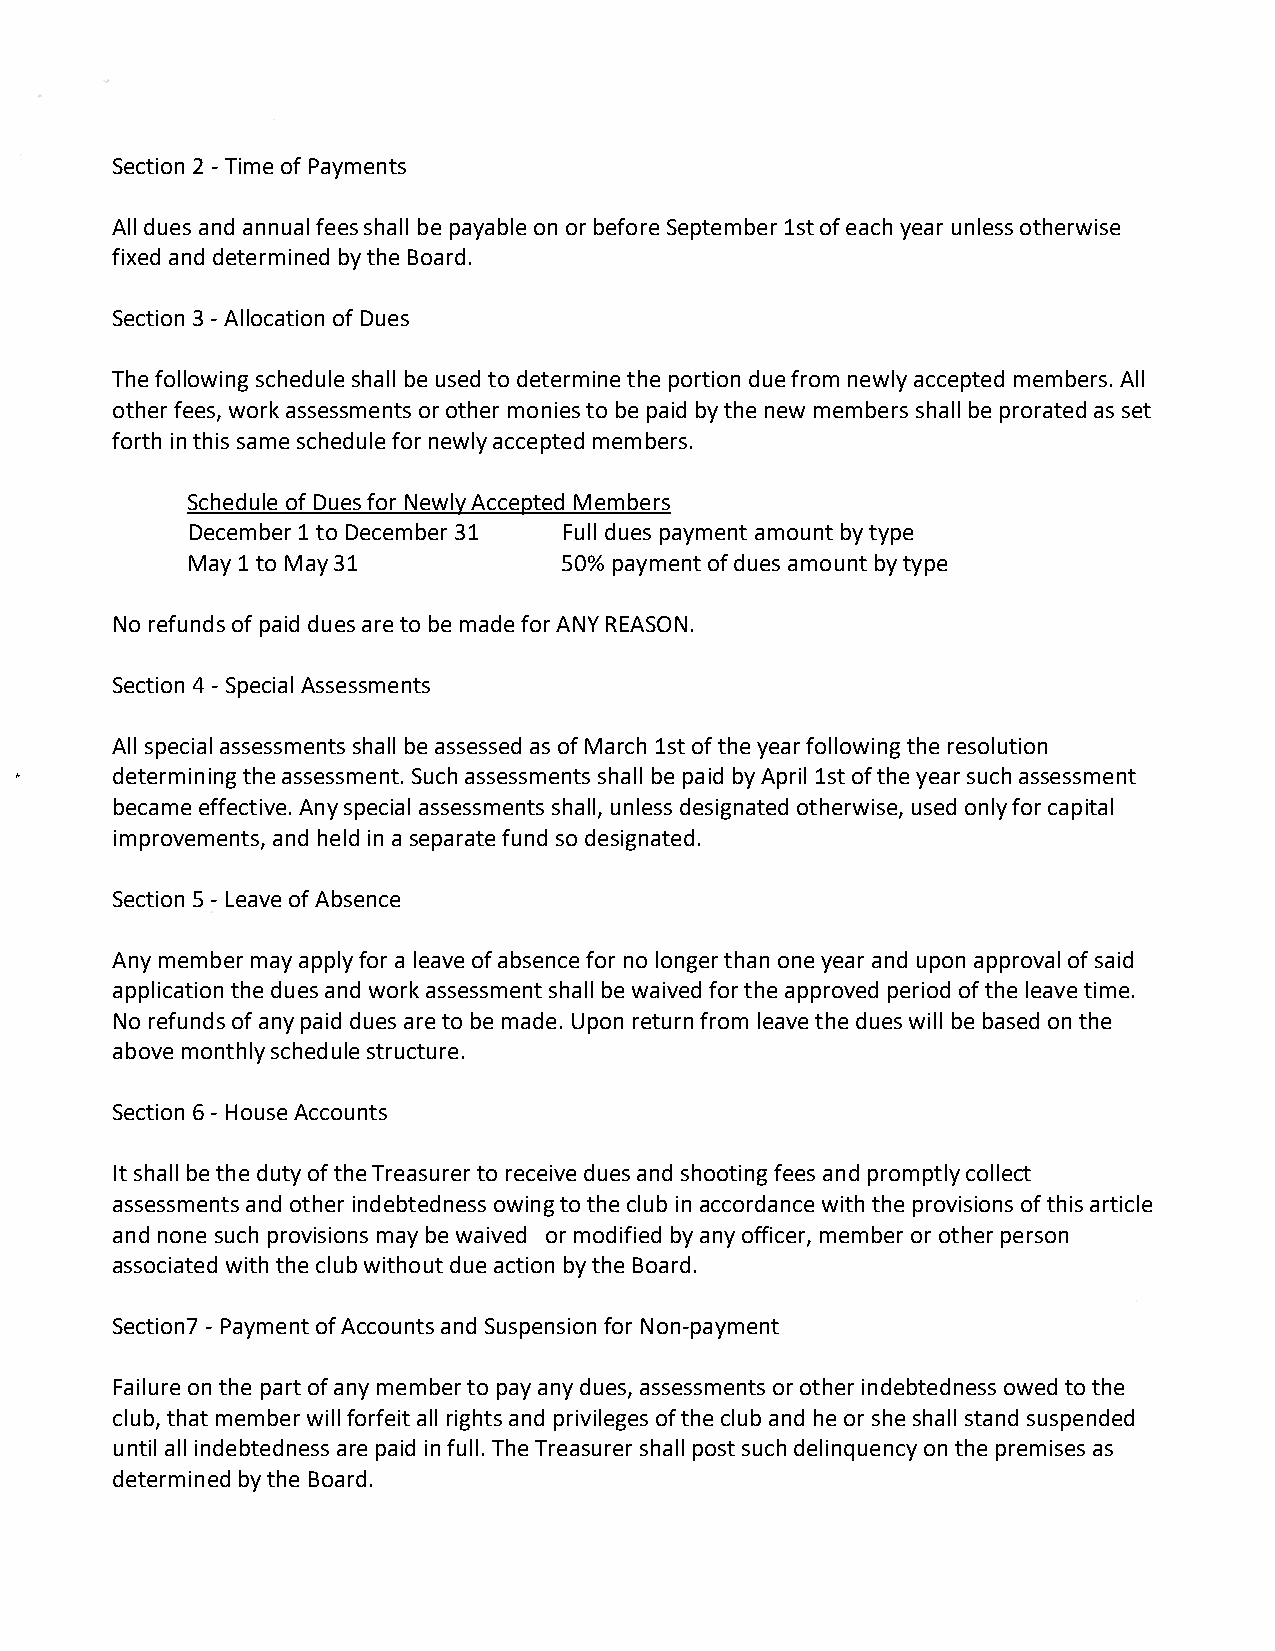
Section 2 - Time of Payments
 All dues and annual fees shall be payable on or before September 1st of each year unless otherwise
 fixed and determined by the Board.
 Section 3 - Allocation of Dues
 The following schedule shall be used to determine the portion due from newly accepted members. All
 other fees, work assessments or other monies to be paid by the new members shall be prorated as set
 forth in this same schedule for newly accepted members.
 Schedule of Dues for Newly Accepted Members
 December 1 to December 31 Full dues payment amount by type
 May 1 to May 31          50% payment of dues amount by type
 No refunds of paid dues are to be made for ANY REASON.
 Section 4 - Special Assessments
 All special assessments shall be assessed as of March 1st of the year following the resolution
 *     determining the assessment. Such assessments shall be paid by April 1st of the year such assessment
 became effective. Any special assessments shall, unless designated otherwise, used only for capital
 improvements, and held in a separate fund so designated.
 Section 5 - Leave of Absence
 Any member may apply for a leave of absence for no longer than one year and upon approval of said
 application the dues and work assessment shall be waived for the approved period of the leave time.
 No refunds of any paid dues are to be made. Upon return from leave the dues will be based on the
 above monthly schedule structure.
 Section 6 - House Accounts
 It shall be the duty of the Treasurer to receive dues and shooting fees and promptly collect
 assessments and other indebtedness owing to the club in accordance with the provisions of this article
 and none such provisions may be waived or modified by any officer, member or other person
 associated with the club without due action by the Board.
 Section7 - Payment of Accounts and Suspension for Non-payment
 Failure on the part of any member to pay any dues, assessments or other indebtedness owed to the
 club, that member will forfeit all rights and privileges of the club and he or she shall stand suspended
 until all indebtedness are paid in full. The Treasurer shall post such delinquency on the premises as
 determined by the Board.